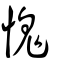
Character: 愧